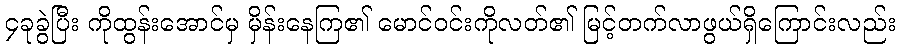
၄ခုခွဲပြီး ကိုထွန်းအောင်မှ မှိန်းနေကြ၏ မောင်ဝင်းကိုလတ်၏ မြင့်တက်လာဖွယ်ရှိကြောင်းလည်း